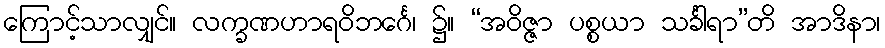
ကြောင့်သာလျှင်။ လက္ခဏဟာရဝိဘင်္ဂေ၊ ၌။ “အဝိဇ္ဇာ ပစ္စယာ သင်္ခါရာ”တိ အာဒိနာ၊